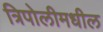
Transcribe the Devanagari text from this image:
त्रिपोलीमधील